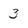
Character: 3